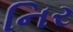
નિર